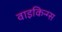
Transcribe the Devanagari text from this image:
वाइकिन्ग्स